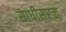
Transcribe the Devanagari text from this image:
साधीसरळ